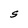
Character: S